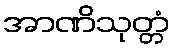
အာဏိသုတ္တံ